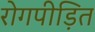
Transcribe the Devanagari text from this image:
रोगपीड़ित